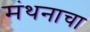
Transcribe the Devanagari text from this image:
मंथनाचा